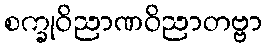
စက္ခုဝိညာဏဝိညာတဗ္ဗာ